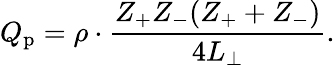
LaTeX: Q_{\mathrm{p}}=\rho\cdot\frac{Z_{+}Z_{-}(Z_{+}+Z_{-})}{4L_{\perp}}.